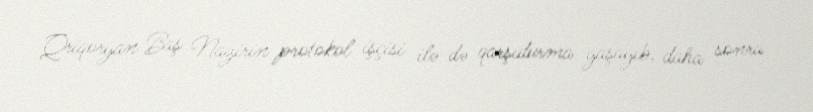
Qriqoryan Baş Nazirin protokol işçisi ilə də qarşıdurma yaşayıb, daha sonra